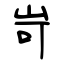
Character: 岢